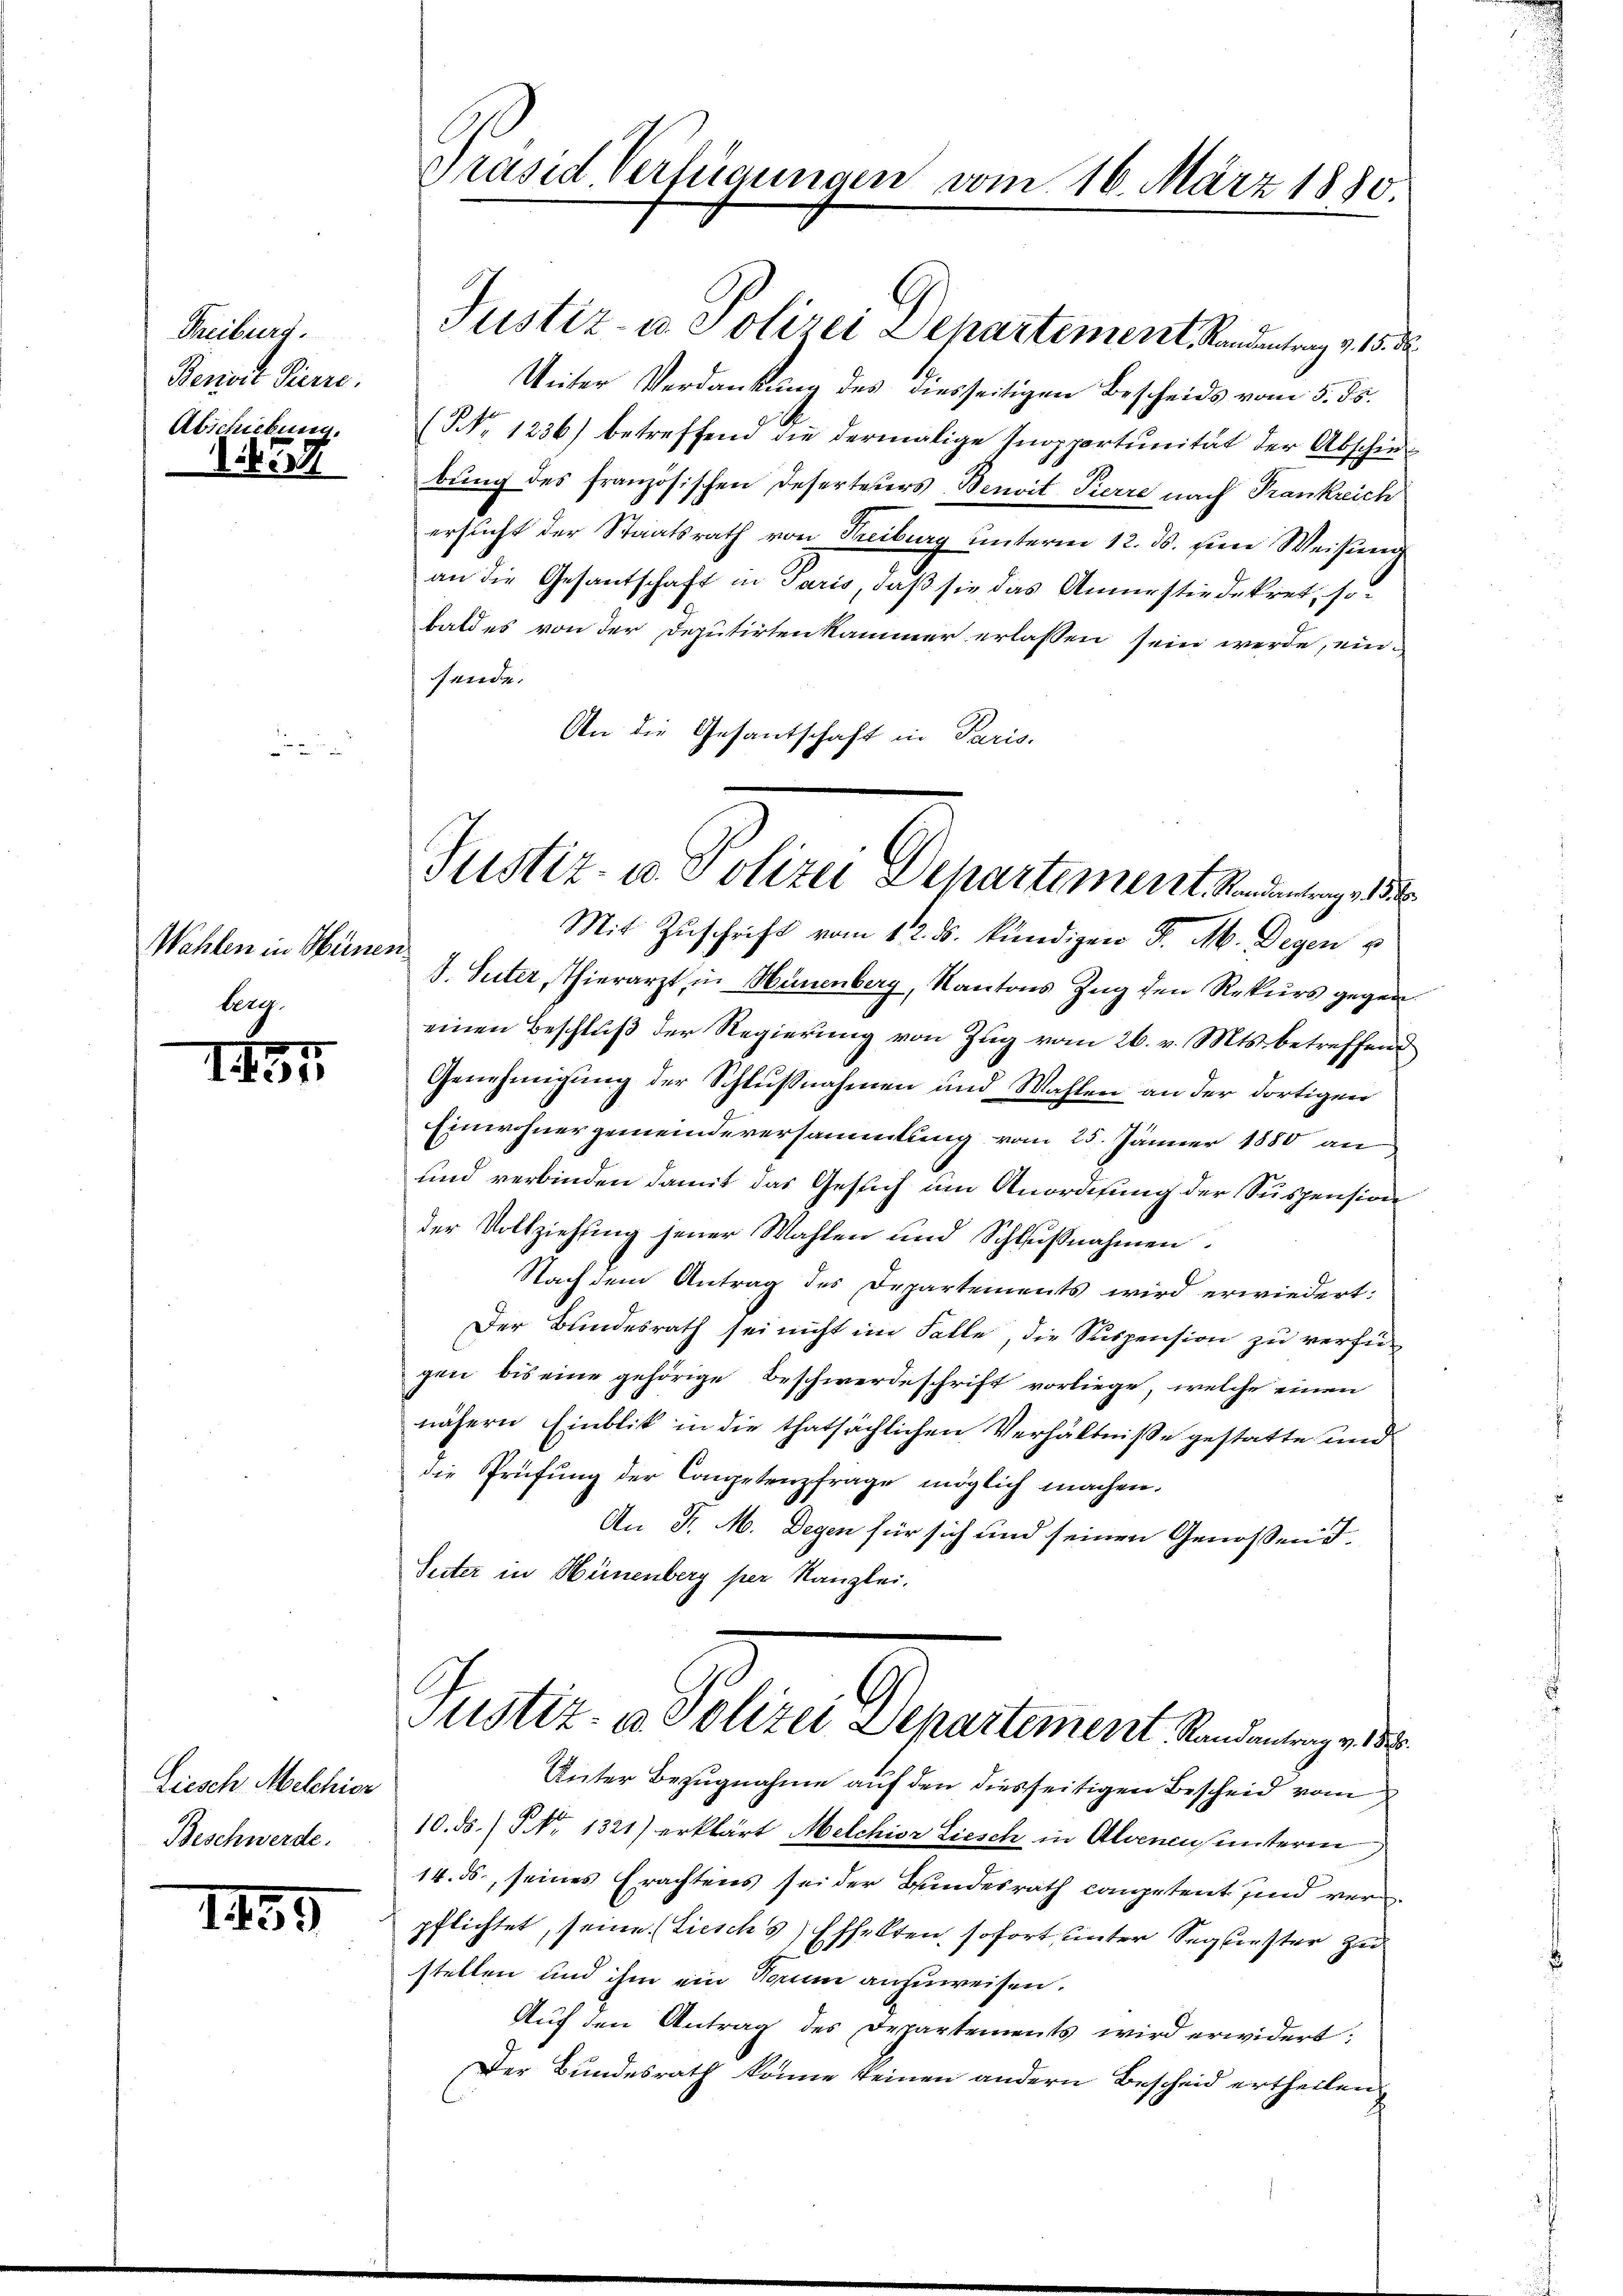
Freiburg.
Beniore Pierre.
Abschiehen.

37

Wahlen in Obernen
bag

II5

Liesch Melchior
Beschwerde.

1489

Prased Verfügungen vom 16. März 1880

Justiz- u. Polizei Departement, Randentrag v. 15. de
Unter Verdankung des diesseitigen Bescheids vom 5. ds.
(NNo. 1236) betreffend die dermalige Inopportunität der Abschiebung des französischen Deserteuers Benoit Pierre nach Frankreich
ersucht der Staatsrath von Freiburg unterm 12. ds. seine Weisung
an die Gesantschaft in Paris, daß sie das Annerstie dekret, sobald es von der Deputirtenkammer erlassen sein werde, ein-
sende.
An die Gesantschaft in Paris.
Mit Zŭschrift vom 12. ds. kündigen J. M. Degen
J. Suter, Thierarzt, in Hünenberg, Kantons Zug den Rekurs gegen
einen Beschluß der Regierung von Zug vom 26. v. Mts. betreffend
Genehmigung der Schlußnahmen und Wahlen an der dortigen
Einwohnergemeindeversammlung vom 25. Jänner 1880 an
und verbinden damit das Gesuch um Anordnung der Suspension
der Vollziehung jener Wahlen und Schlußnahmen.
Nach dem Antrag des Departements wird erwiedert:
Der Bundesrath sei nicht im Falle die Suspension zu verfügen bis eine gehörige Beschwerdeschrift vorliege, welche einen
nähern Einblik in die thatsächlichen Verhältniße gestatte und
die Prüfung der Competenzfrage möglich machen.
An J. M. Degen für sich und seinen Genossen d.
Suter in Hünenberg per Kanzlei.
Justiz- u. Polizei Departement Standentrag v. d.
Unter Bezugnahme auf den diesseitigen Bescheid vom
10. ds. No. 1321) erklärt Melchior Liesch in Alvenen unteren,
14. ds. seines Erachtens sei der Bundesrath competent sind ver
pflichtet, seine (Zieschs) Effekten sofort, unter Sequester zu
stellen und ihm ein Darum anzuweisen.
Aŭf den Antrag des Departements wird erwidert:
Der Bundesrath könne keinen andern Bescheid ertheilen.

Justiz- u. Polizei Departement. Mandantrage 1832.